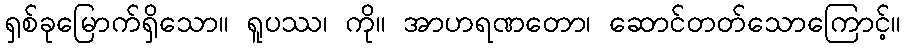
ရှစ်ခုမြောက်ရှိသော။ ရူပဿ၊ ကို။ အာဟရဏတော၊ ဆောင်တတ်သောကြောင့်။